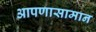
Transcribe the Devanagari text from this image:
आपणासामान